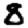
Digit: 8